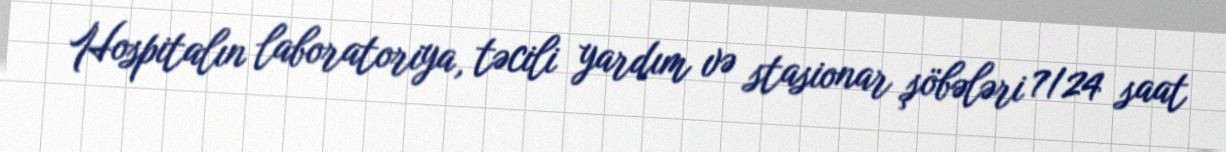
Hospitalın laboratoriya, təcili yardım və stasionar şöbələri 7/24 saat